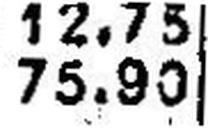
75.90